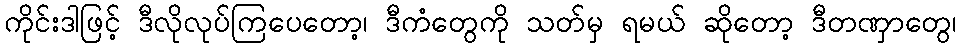
ကိုင်းဒါဖြင့် ဒီလိုလုပ်ကြပေတော့၊ ဒီကံတွေကို သတ်မှ ရမယ် ဆိုတော့ ဒီတဏှာတွေ၊